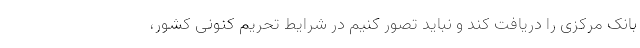
بانک مرکزی را دریافت کند و نباید تصور کنیم در شرایط تحریم کنونی کشور،